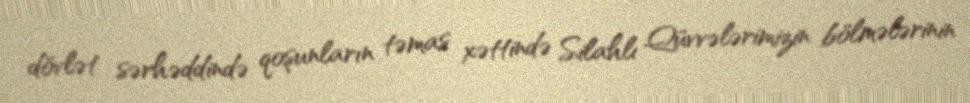
dövlət sərhəddində qoşunların təmas xəttində Silahlı Qüvvələrimizin bölmələrinin